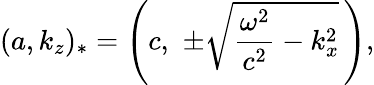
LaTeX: (a,k_{z})_{*}=\left(c,\, \, \pm\sqrt{\frac{\omega^{2}}{c^{2}}-k_{x}^{2}}\, \right),